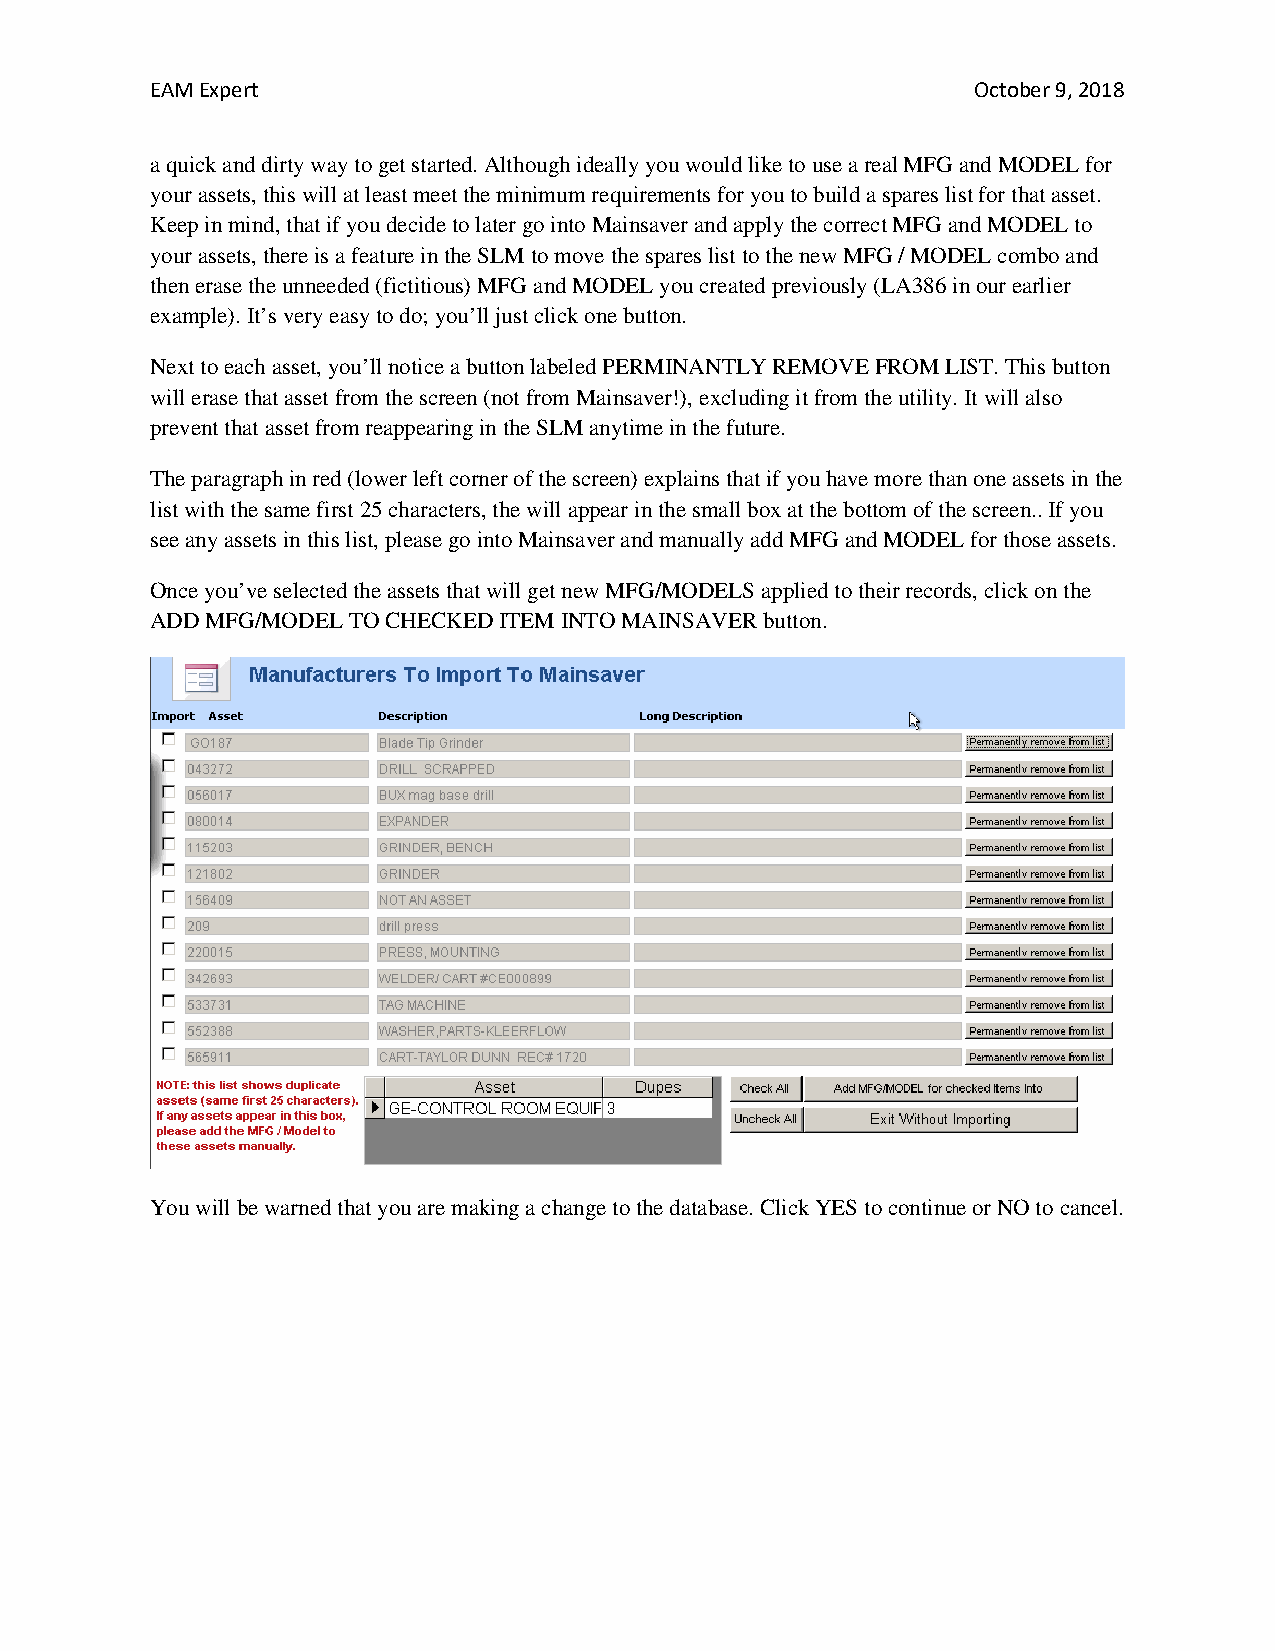
EAM Expert                                             October 9, 2018
 a quick and dirty way to get started. Although ideally you would like to use a real MFG and MODEL for
 your assets, this will at least meet the minimum requirements for you to build a spares list for that asset.
 Keep in mind, that if you decide to later go into Mainsaver and apply the correct MFG and MODEL to
 your assets, there is a feature in the SLM to move the spares list to the new MFG / MODEL combo and
 then erase the unneeded (fictitious) MFG and MODEL you created previously (LA386 in our earlier
 example). It’s very easy to do; you’ll just click one button.
 Next to each asset, you’ll notice a button labeled PERMINANTLY REMOVE FROM LIST. This button
 will erase that asset from the screen (not from Mainsaver!), excluding it from the utility. It will also
 prevent that asset from reappearing in the SLM anytime in the future.
 The paragraph in red (lower left corner of the screen) explains that if you have more than one assets in the
 list with the same first 25 characters, the will appear in the small box at the bottom of the screen.. If you
 see any assets in this list, please go into Mainsaver and manually add MFG and MODEL for those assets.
 Once you’ve selected the assets that will get new MFG/MODELS applied to their records, click on the
 ADD MFG/MODEL TO CHECKED ITEM INTO MAINSAVER button.
 You will be warned that you are making a change to the database. Click YES to continue or NO to cancel.